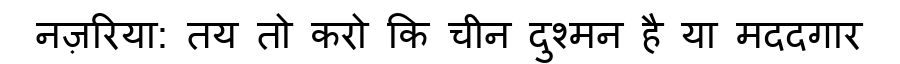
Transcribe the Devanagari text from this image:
नज़रिया: तय तो करो कि चीन दुश्मन है या मददगार